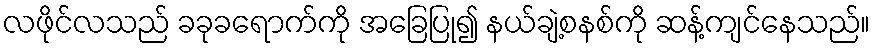
လဖိုင်လသည် ခခုခရောက်ကို အခြေပြု၍ နယ်ချဲ့စနစ်ကို ဆန့်ကျင်နေသည်။